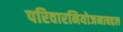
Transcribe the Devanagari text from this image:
परिवारनियोजनाबद्दल